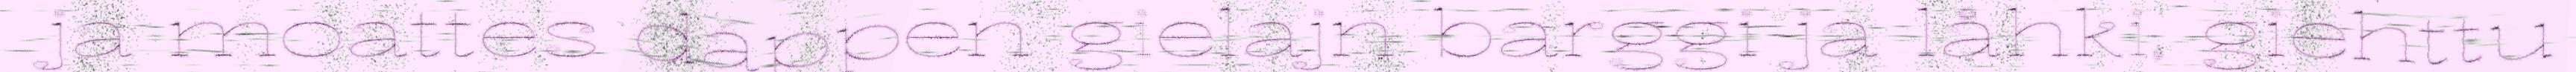
ja moattes dáppen gielajn barggi ja låhki, giehttu